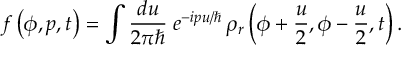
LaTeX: f \left( \phi , p , t \right) = \int \frac { d u } { 2 \pi \hbar } \; e ^ { - i p u / \hbar } \, \rho _ { r } \left( \phi + \frac { u } { 2 } , \phi - \frac { u } { 2 } , t \right) \mathrm { . }